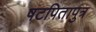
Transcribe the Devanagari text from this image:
षटपितापुत्र